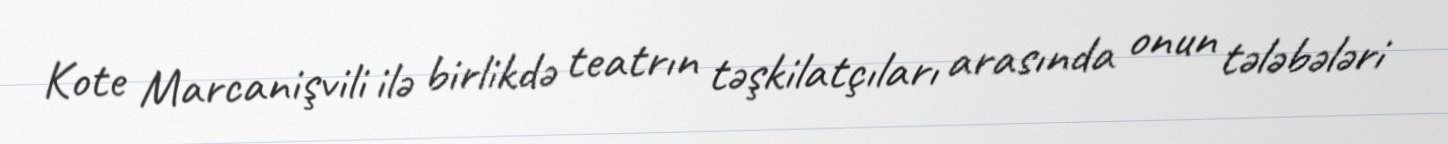
Kote Marcanişvili ilə birlikdə teatrın təşkilatçıları arasında onun tələbələri